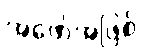
အဖော်အဖြစ်